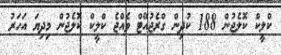
ކްލީކް ކޮލެޖުން 188 ކުދިން ގްރެޖުއޭޓް ވެއްޖެ ކްލީކް ކޮލެޖުން މިދިޔަ އަހަރު